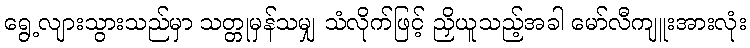
ရွေ့လျားသွားသည်မှာ သတ္တုမှန်သမျှ သံလိုက်ဖြင့် ညှိယူသည့်အခါ မော်လီကျူးအားလုံး